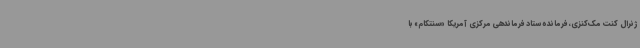
ژنرال کنت مک‌کنزی، فرمانده ستاد فرماندهی مرکزی آمریکا «سنتکام» با